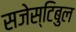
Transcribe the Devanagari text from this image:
सजेस्टिबुल